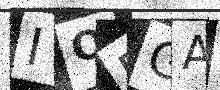
Text: IOEGAW